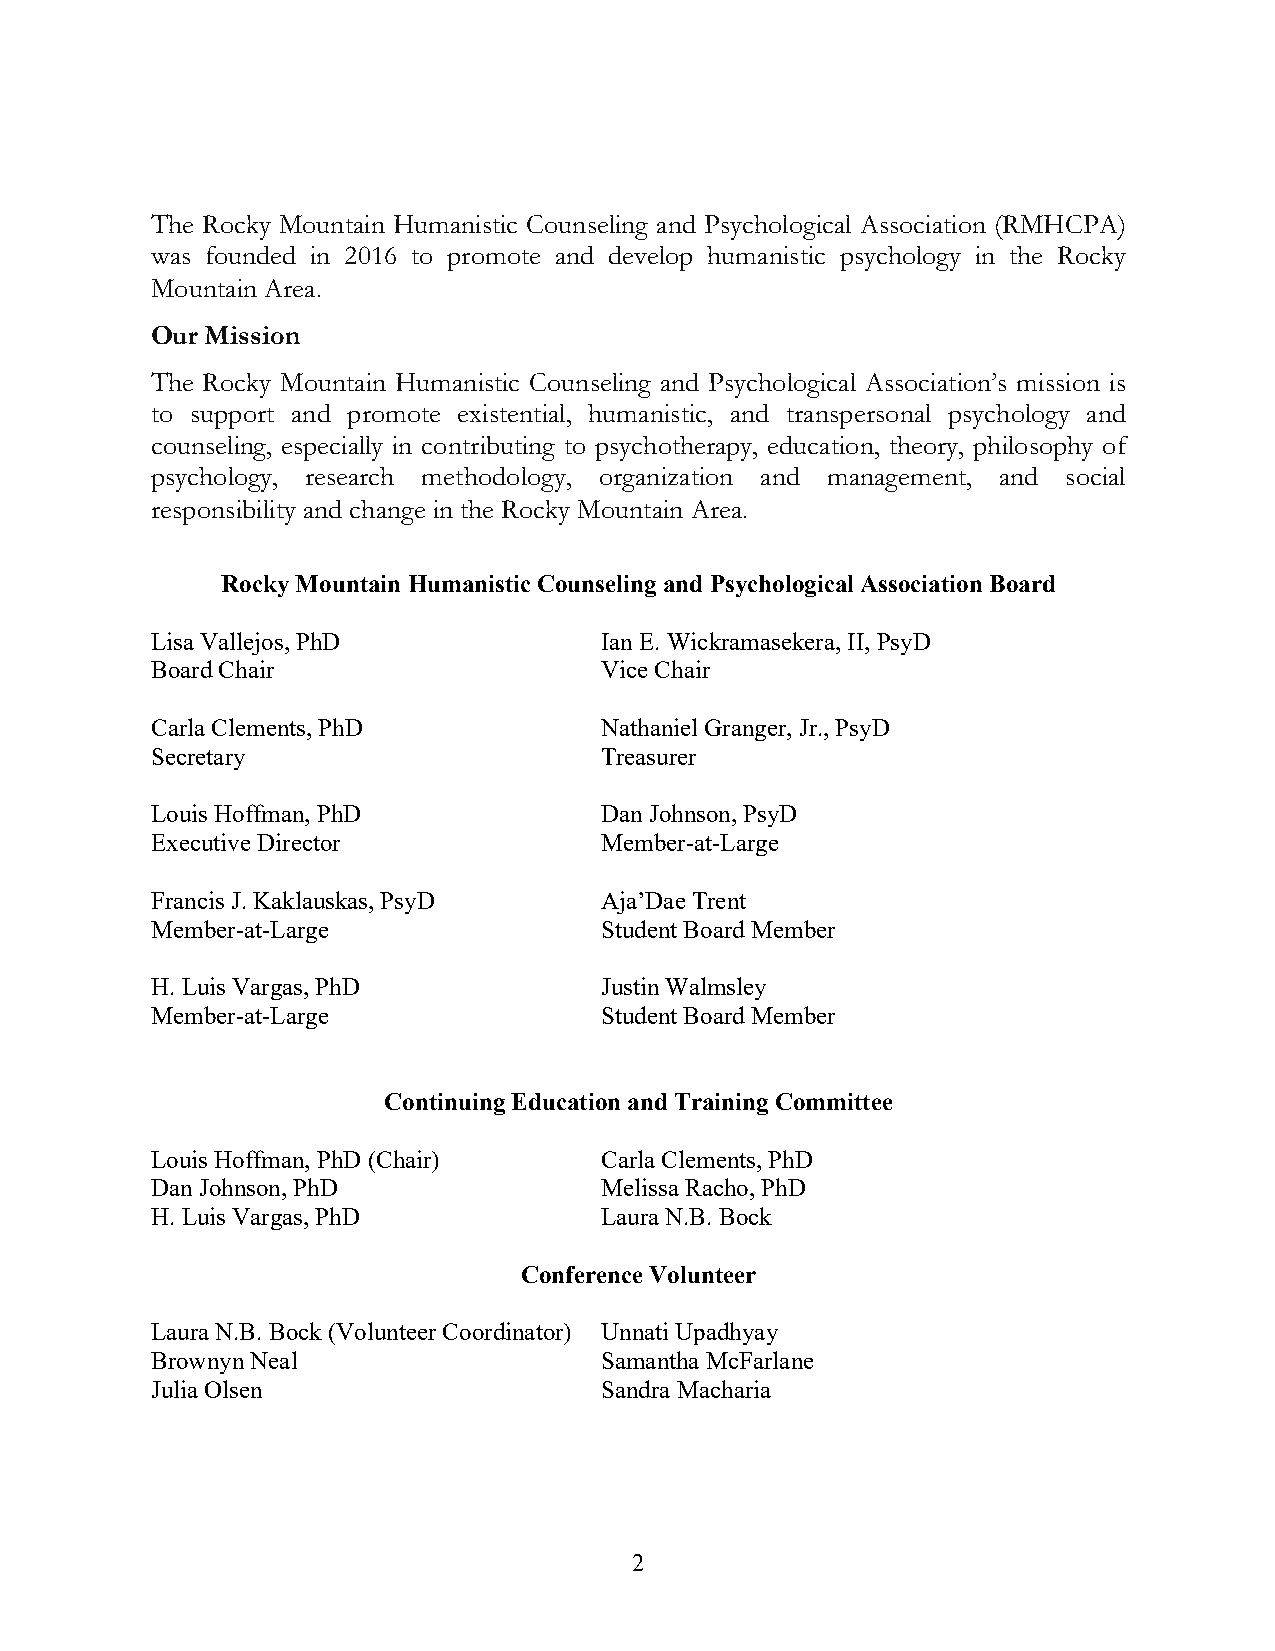
The Rocky Mountain Humanistic Counseling and Psychological Association (RMHCPA)
 was founded in 2016 to promote and develop humanistic psychology in the Rocky
 Mountain Area.
 Our Mission
 The Rocky Mountain Humanistic Counseling and Psychological Association’s mission is
 to support and promote existential, humanistic, and transpersonal psychology and
 counseling, especially in contributing to psychotherapy, education, theory, philosophy of
 psychology, research methodology, organization and management, and social
 responsibility and change in the Rocky Mountain Area.
 Rocky Mountain Humanistic Counseling and Psychological Association Board
 Lisa Vallejos, PhD            Ian E. Wickramasekera, II, PsyD
 Board Chair                   Vice Chair
 Carla Clements, PhD           Nathaniel Granger, Jr., PsyD
 Secretary                     Treasurer
 Louis Hoffman, PhD            Dan Johnson, PsyD
 Executive Director            Member-at-Large
 Francis J. Kaklauskas, PsyD   Aja’Dae Trent
 Member-at-Large               Student Board Member
 H. Luis Vargas, PhD           Justin Walmsley
 Member-at-Large               Student Board Member
 Continuing Education and Training Committee
 Louis Hoffman, PhD (Chair)    Carla Clements, PhD
 Dan Johnson, PhD              Melissa Racho, PhD
 H. Luis Vargas, PhD           Laura N.B. Bock
 Conference Volunteer
 Laura N.B. Bock (Volunteer Coordinator) Unnati Upadhyay
 Brownyn Neal                  Samantha McFarlane
 Julia Olsen                   Sandra Macharia
 2